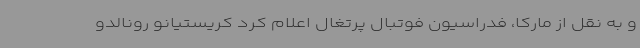
و به نقل از مارکا، فدراسیون فوتبال پرتغال اعلام کرد کریستیانو رونالدو